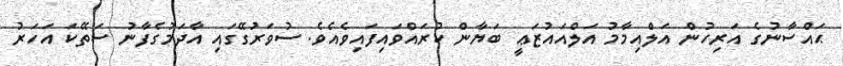
ޙައްސާނުގެ އަރިހުން އަލްއިމާމު އަލްއައުޒަޢީ ބަޔާން ކުރައްވައިފައިވެއެވެ. ސުވަރުގޭގައި އާދަމުގެފާނު ސަތޭކަ އަހަރު